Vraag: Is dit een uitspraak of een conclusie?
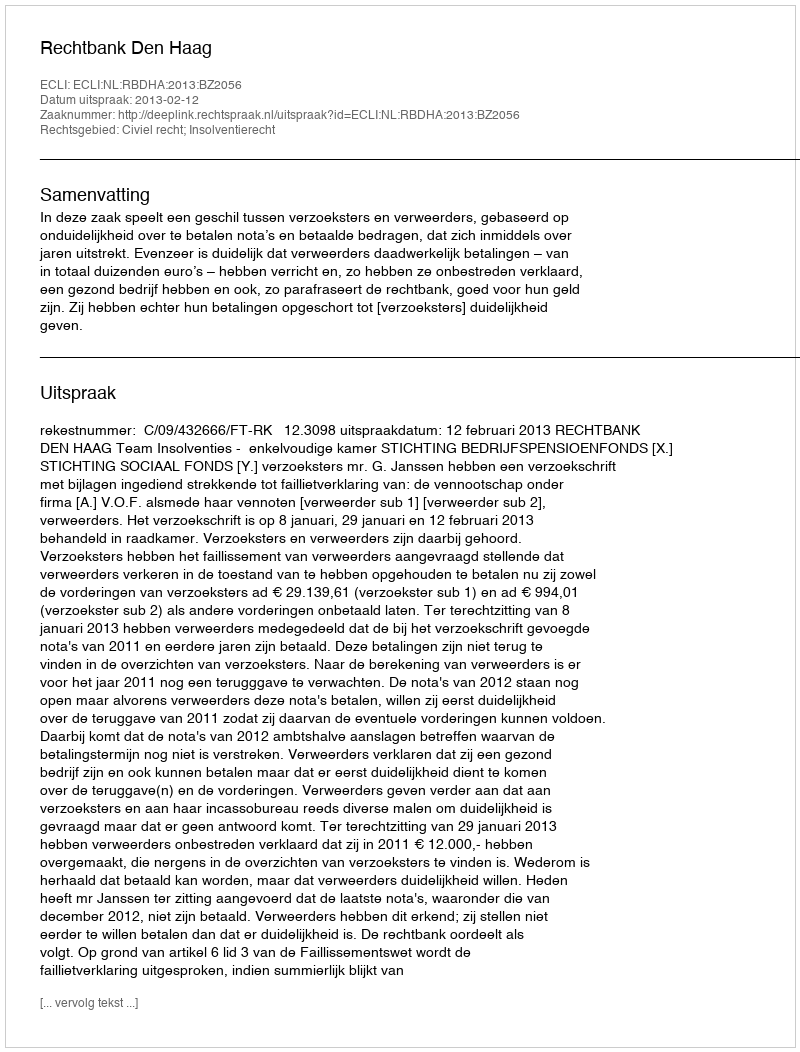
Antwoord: Uitspraak